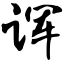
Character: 诨